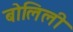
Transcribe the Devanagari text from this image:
बोलिली